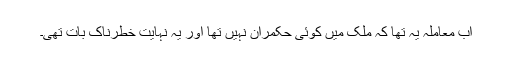
اب معاملہ یہ تھا کہ ملک میں کوئی حکمران نہیں تھا اور یہ نہایت خطرناک بات تھی۔